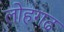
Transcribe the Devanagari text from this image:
लोहगढ